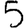
Digit: 5